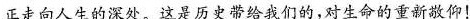
正走向人生的深处。这是历史带给我们的，对生命的重新敬仰！